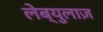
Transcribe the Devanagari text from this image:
लेब्युलाज़